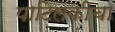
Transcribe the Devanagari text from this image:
पाटिलकीचा